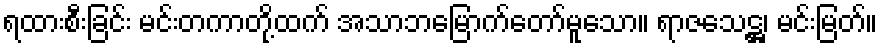
ရထားစီးခြင်း မင်းတကာတို့ထက် အသာဘမြောက်တော်မူသော။ ရာဇသေဋ္ဌ၊ မင်းမြတ်။